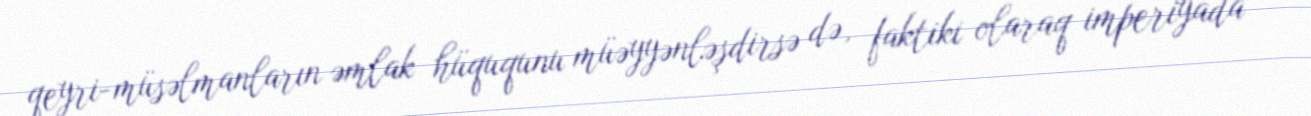
qeyri-müsəlmanların əmlak hüququnu müəyyənləşdirsə də, faktiki olaraq imperiyada